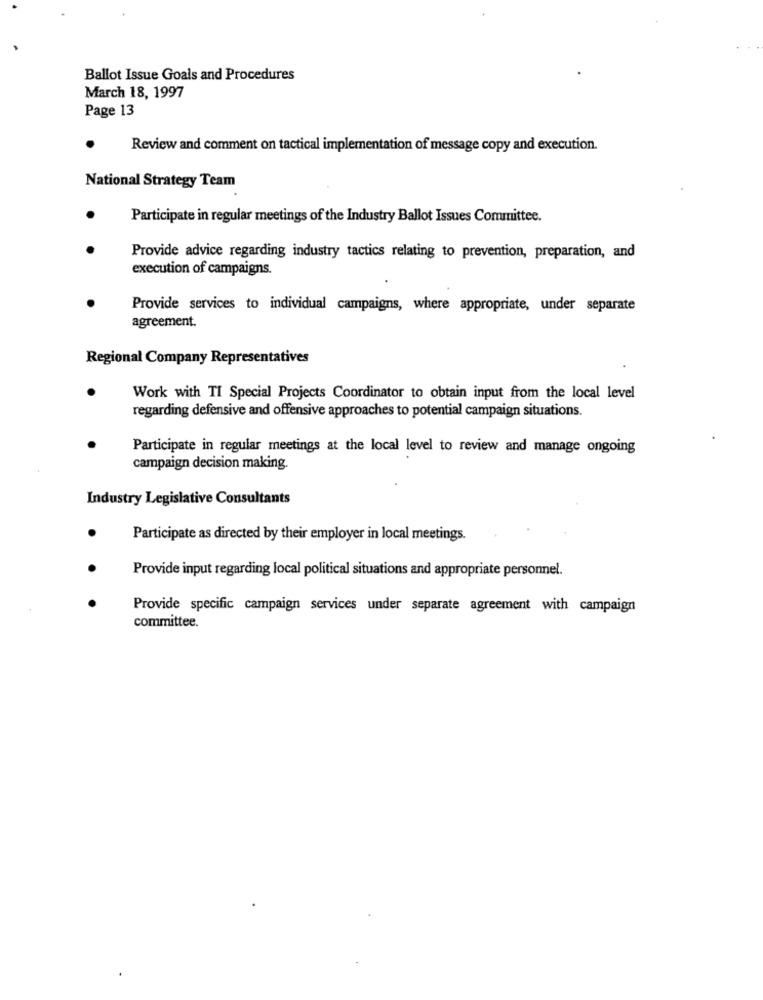
Ballot Issue Goals and Procedures
March 18, 1997
Page 13
Review and comment on tactical implementation of message copy and execution.
National Strategy Team
Participate in regular meetings of the Industry Ballot Issues Committee.
Provide advice regarding industry tactics relating to prevention, preparation, and
execution of campaigns.
Provide services to individual campaigns, where appropriate, under separate
agreement.
Regional Company Representatives
Work with TI Special Projects Coordinator to obtain input from the local level
regarding defensive and offensive approaches to potential campaign situations.
Participate in regular meetings at the local level to review and manage ongoing
campaign decision making.
Industry Legislative Consultants
Participate as directed by their employer in local meetings.
Provide input regarding local political situations and appropriate personnel.
Provide specific campaign services under separate agreement with campaign
committee.